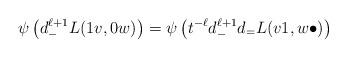
LaTeX: \begin{align*}\psi \left( d_-^{\ell+1} L(1v, 0w) \right) &= \psi \left( t^{-\ell} d_-^{\ell+1} d_= L(v1, w\bullet) \right)\end{align*}